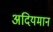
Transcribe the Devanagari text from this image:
अदियमान